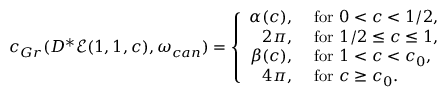
c _ { G r } ( D ^ { * } \mathcal { E } ( 1 , 1 , c ) , \omega _ { c a n } ) = \left\{ \begin{array} { r l } { \alpha ( c ) , } & { \mathrm { ~ f o r ~ } 0 < c < 1 / 2 , } \\ { 2 \pi , } & { \mathrm { ~ f o r ~ } 1 / 2 \le c \le 1 , } \\ { \beta ( c ) , } & { \mathrm { ~ f o r ~ } 1 < c < c _ { 0 } , } \\ { 4 \pi , } & { \mathrm { ~ f o r ~ } c \ge c _ { 0 } . } \end{array} \right.